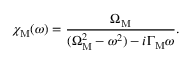
\chi _ { \mathrm { M } } ( \omega ) = \frac { \Omega _ { \mathrm { M } } } { ( \Omega _ { \mathrm { M } } ^ { 2 } - \omega ^ { 2 } ) - i \Gamma _ { \mathrm { M } } \omega } .